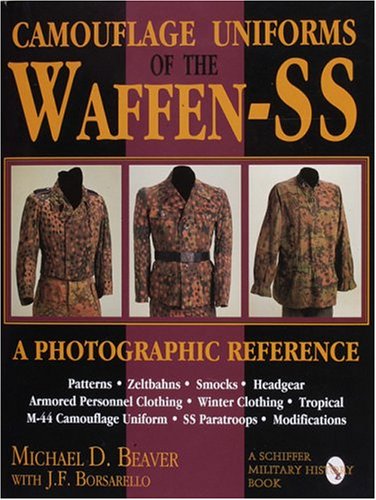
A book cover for Camouflage Uniforms of the Waffen-SS: A Photographic Reference (Schiffer Military / Aviation History); Michael Beaver; Crafts, Hobbies & Home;